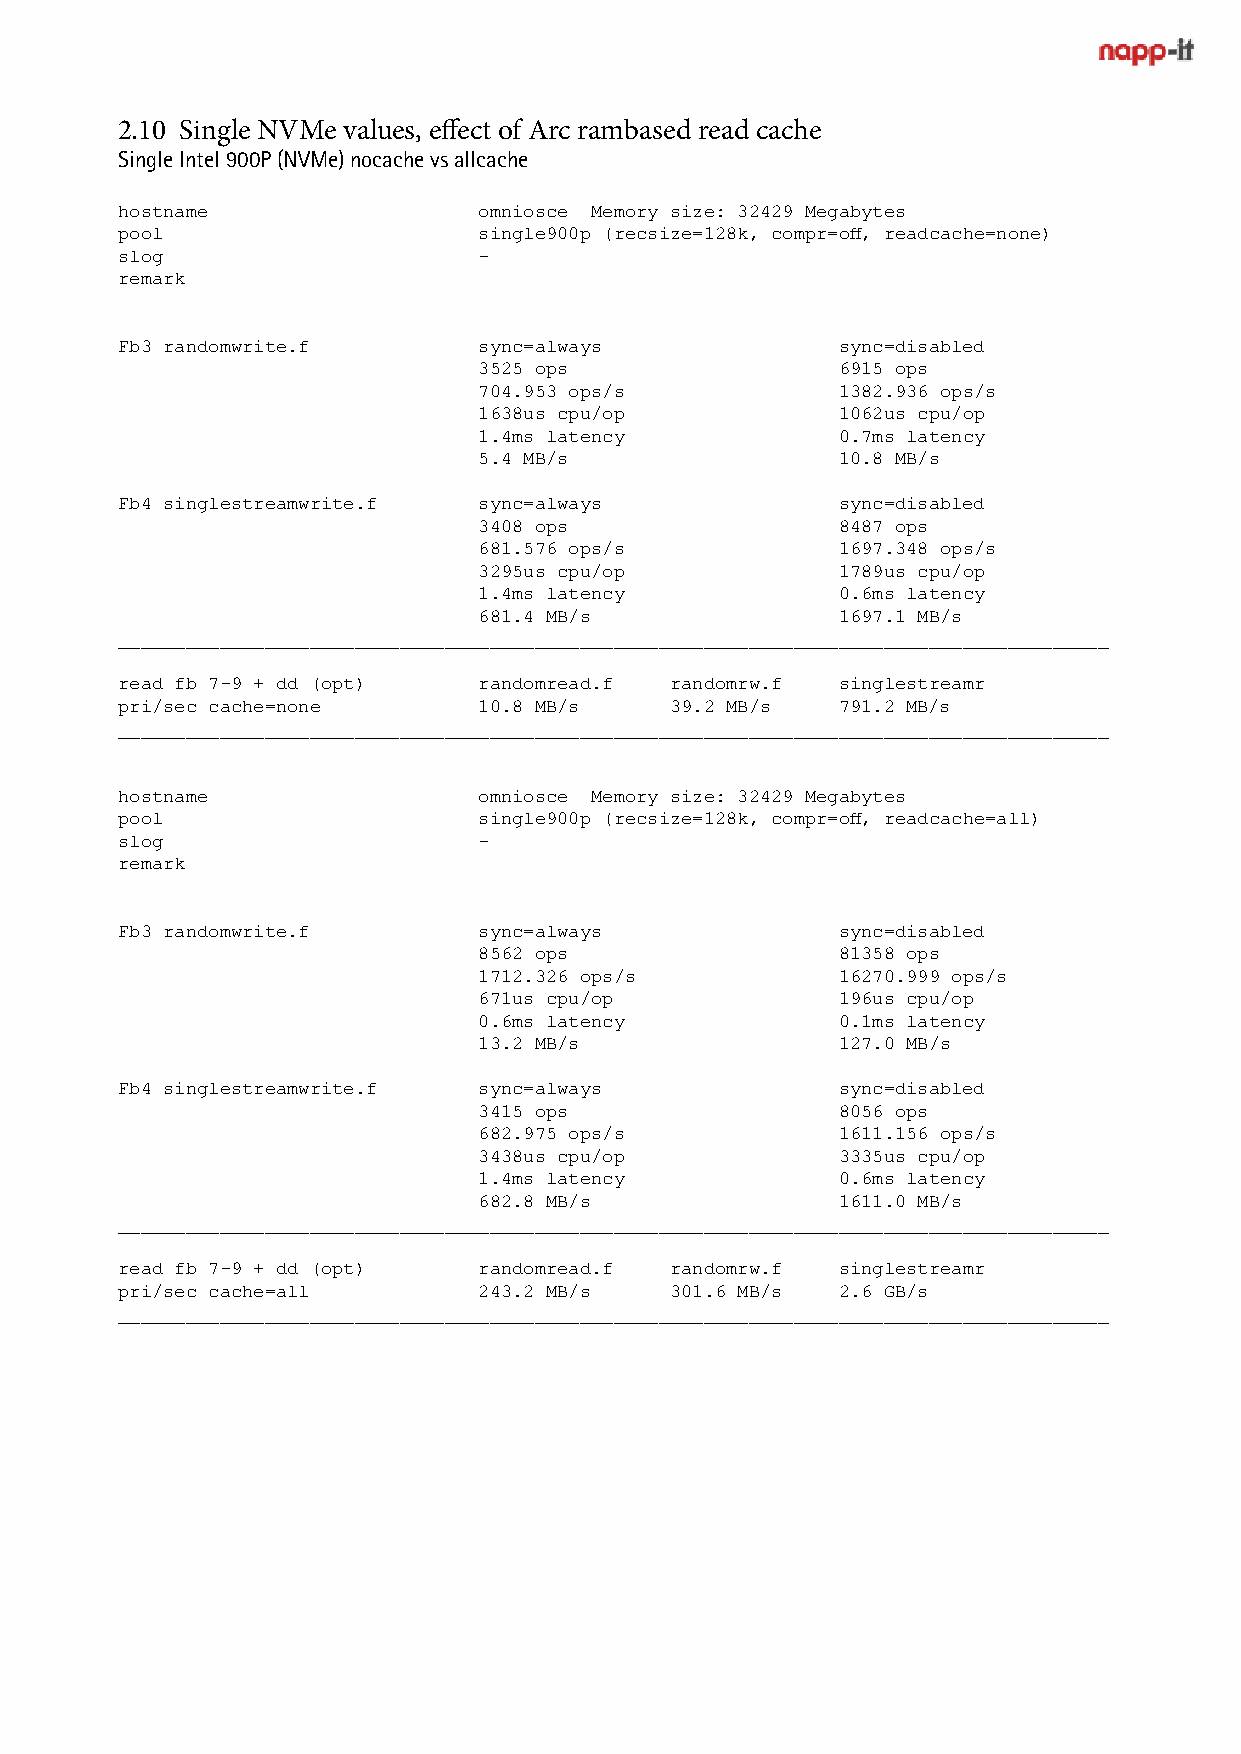
2.10 Single NVMe values, effect of Arc rambased read cache
 Single Intel 900P (NVMe) nocache vs allcache
 hostname                omniosce Memory size: 32429 Megabytes
 pool                    single900p (recsize=128k, compr=off, readcache=none)
 slog                    -
 remark
 Fb3 randomwrite.f       sync=always            sync=disabled
 3525 ops               6915 ops
 704.953 ops/s          1382.936 ops/s
 1638us cpu/op          1062us cpu/op
 1.4ms latency          0.7ms latency
 5.4 MB/s               10.8 MB/s
 Fb4 singlestreamwrite.f sync=always            sync=disabled
 3408 ops               8487 ops
 681.576 ops/s          1697.348 ops/s
 3295us cpu/op          1789us cpu/op
 1.4ms latency          0.6ms latency
 681.4 MB/s             1697.1 MB/s
 ________________________________________________________________________________________
 read fb 7-9 + dd (opt)  randomread.f randomrw.f singlestreamr
 pri/sec cache=none      10.8 MB/s   39.2 MB/s  791.2 MB/s
 ________________________________________________________________________________________
 hostname                omniosce Memory size: 32429 Megabytes
 pool                    single900p (recsize=128k, compr=off, readcache=all)
 slog                    -
 remark
 Fb3 randomwrite.f       sync=always            sync=disabled
 8562 ops               81358 ops
 1712.326 ops/s         16270.999 ops/s
 671us cpu/op           196us cpu/op
 0.6ms latency          0.1ms latency
 13.2 MB/s              127.0 MB/s
 Fb4 singlestreamwrite.f sync=always            sync=disabled
 3415 ops               8056 ops
 682.975 ops/s          1611.156 ops/s
 3438us cpu/op          3335us cpu/op
 1.4ms latency          0.6ms latency
 682.8 MB/s             1611.0 MB/s
 ________________________________________________________________________________________
 read fb 7-9 + dd (opt)  randomread.f randomrw.f singlestreamr
 pri/sec cache=all       243.2 MB/s  301.6 MB/s 2.6 GB/s
 ________________________________________________________________________________________